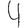
Digit: 4